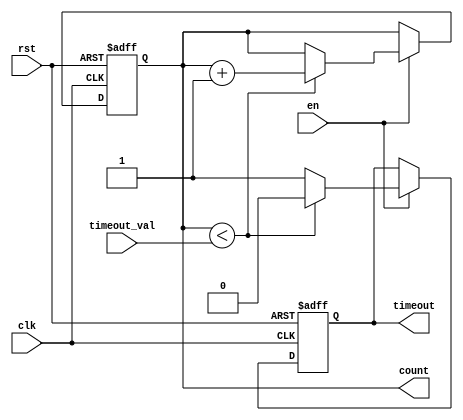
module timeout_counter (
    input wire clk,               // Clock signal
    input wire rst,               // Asynchronous reset signal
    input wire en,                // Enable signal
    input wire [15:0] timeout_val, // Configurable time-out value
    output reg timeout,           // Time-Out signal
    output reg [15:0] count       // Current counter value
);

    // Counter process
    always @(posedge clk or posedge rst) begin
        if (rst) begin
            count <= 16'b0;        // Reset counter to 0
            timeout <= 1'b0;       // Deassert time-out signal
        end else if (en) begin
            if (count < timeout_val) begin
                count <= count + 1; // Increment counter
                timeout <= 1'b0;     // Keep time-out signal deasserted
            end else begin
                timeout <= 1'b1;     // Assert time-out signal
            end
        end
    end
    
endmodule